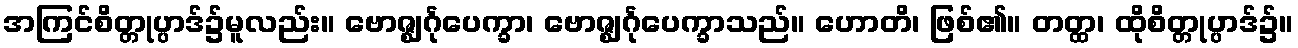
အကြင်စိတ္တုပ္ပာဒ်၌မူလည်း။ ဗောဇ္ဈင်္ဂုပေက္ခာ၊ ဗောဇ္ဈင်္ဂုပေက္ခာသည်။ ဟောတိ၊ ဖြစ်၏။ တတ္ထ၊ ထိုစိတ္တုပ္ပာဒ်၌။